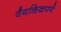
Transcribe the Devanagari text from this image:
वैयक्तिकपणे